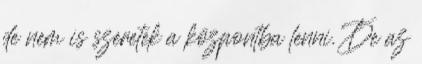
de nem is szeretek a központba lenni. De az